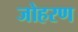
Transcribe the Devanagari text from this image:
जोहरण